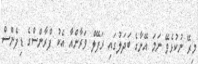
މިރޭ ނުކުޅެވޭ ނަމަ އޭނާގެ ބަދަލުގައި ރަފޭލް ވަރާންއާ އެކު ފްރާންސްގެ ޑިފެންސް